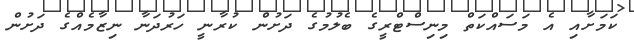
ކަމަށާއި އެ މަސައްކަތް މިނިސްޓްރީގެ ބެލުމުގެ ދަށުން ކުރާނީ ހަރުދަނާ ނިޒާމެއްގެ ދަށުން